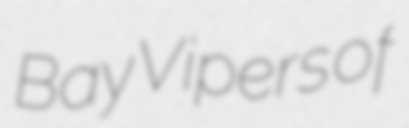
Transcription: Bay Vipers of